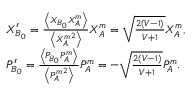
\begin{array} { r l } & { X _ { B _ { 0 } } ^ { \prime } = \frac { \left\langle { { X } _ { B _ { 0 } } } { { X } _ { A } ^ { m } } \right\rangle } { \left\langle { { X } _ { A } ^ { m } } ^ { 2 } \right\rangle } { { X } _ { A } ^ { m } } = \sqrt { \frac { 2 ( V - 1 ) } { V + 1 } } { { X } _ { A } ^ { m } } , } \\ & { P _ { B _ { 0 } } ^ { \prime } = \frac { \left\langle { { P } _ { B _ { 0 } } } { { P } _ { A } ^ { m } } \right\rangle } { \left\langle { { P } _ { A } ^ { m } } ^ { 2 } \right\rangle } { { P } _ { A } ^ { m } } = - \sqrt { \frac { 2 ( V - 1 ) } { V + 1 } } { { P } _ { A } ^ { m } } . } \end{array}